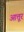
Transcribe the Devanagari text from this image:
आत्तूर